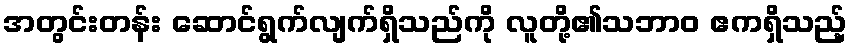
အတွင်းတန်း ဆောင်ရွက်လျက်ရှိသည်ကို လူတို့၏သဘာဝ ဧကရှိသည့်